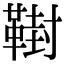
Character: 𩋮